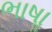
ભાષાૢ